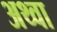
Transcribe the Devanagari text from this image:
अथ्‍वा